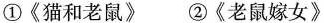
①《猫和老鼠》②《老鼠嫁女》